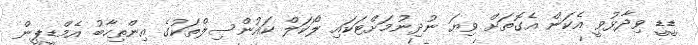
ޑީޑީ ވިދާޅުވީ އެކަން އެގޮތަށް ވިޔަ ނުދިނުމަށްޓަކައި ލޯކަލް ކައުންސިލްތަކުގެ އިންތިހާބު އެމްޑީޕީން